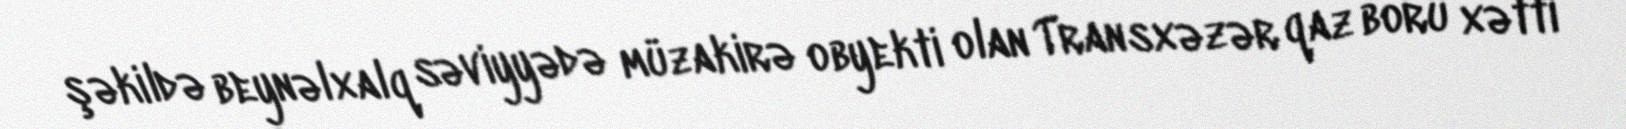
şəkildə beynəlxalq səviyyədə müzakirə obyekti olan Transxəzər qaz boru xətti